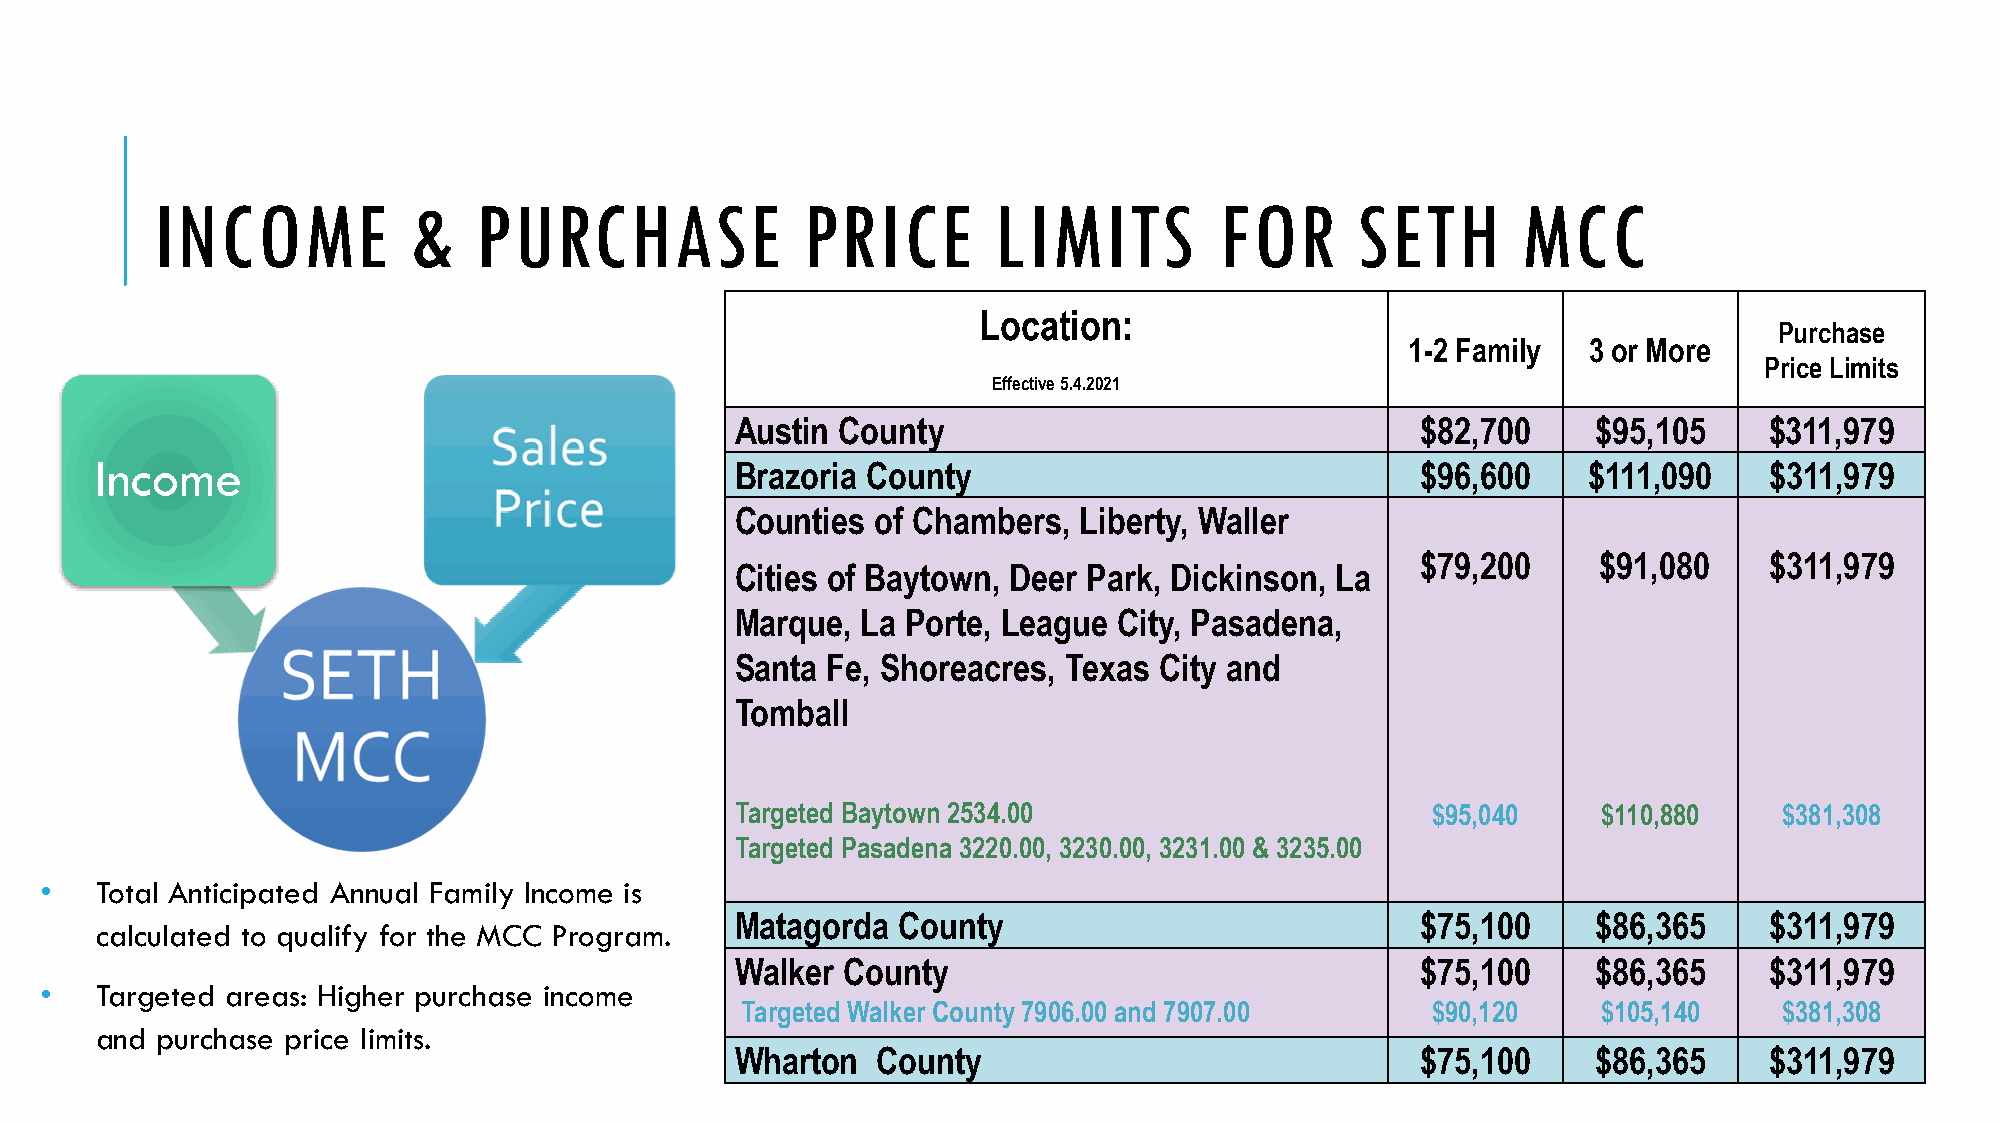
INCOME           &    PURCHASE             PRICE        LIMITS         FOR      SETH       MCC
 Location:
 Purchase
 1-2 Family  3 or More
 Price Limits
 Effective 5.4.2021
 Austin County                                $82,700     $95,105    $311,979
 Income
 Brazoria County                              $96,600    $111,090    $311,979
 Counties of Chambers, Liberty, Waller
 $79,200     $91,080    $311,979
 Cities of Baytown, Deer Park, Dickinson, La
 Marque, La Porte, League City, Pasadena,
 Santa Fe, Shoreacres, Texas City and
 Tomball
 Targeted Baytown 2534.00                      $95,040    $110,880    $381,308
 Targeted Pasadena 3220.00, 3230.00, 3231.00 & 3235.00
 •  Total Anticipated Annual Family Income is
 Matagorda County                             $75,100     $86,365    $311,979
 calculated to qualify for the MCC Program.
 Walker County                                $75,100     $86,365    $311,979
 •  Targeted areas: Higher purchase income
 Targeted Walker County 7906.00 and 7907.00    $90,120    $105,140    $381,308
 and purchase price limits.
 Wharton  County                              $75,100     $86,365    $311,979